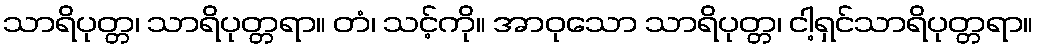
သာရိပုတ္တ၊ သာရိပုတ္တရာ။ တံ၊ သင့်ကို။ အာဝုသော သာရိပုတ္တ၊ ငါ့ရှင်သာရိပုတ္တရာ။